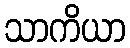
သာကိယာ